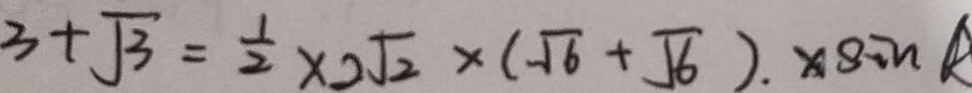
3 + \sqrt { 3 } = \frac { 1 } { 2 } \times 2 \sqrt { 2 } \times ( \sqrt { 6 } + \sqrt { 6 } ) . \times \sin R